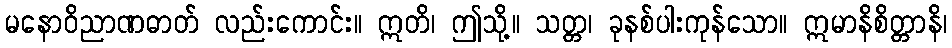
မနောဝိညာဏဓာတ် လည်းကောင်း။ ဣတိ၊ ဤသို့။ သတ္တ၊ ခုနစ်ပါးကုန်သော။ ဣမာနိစိတ္တာနိ၊